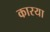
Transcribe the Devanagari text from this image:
कारया